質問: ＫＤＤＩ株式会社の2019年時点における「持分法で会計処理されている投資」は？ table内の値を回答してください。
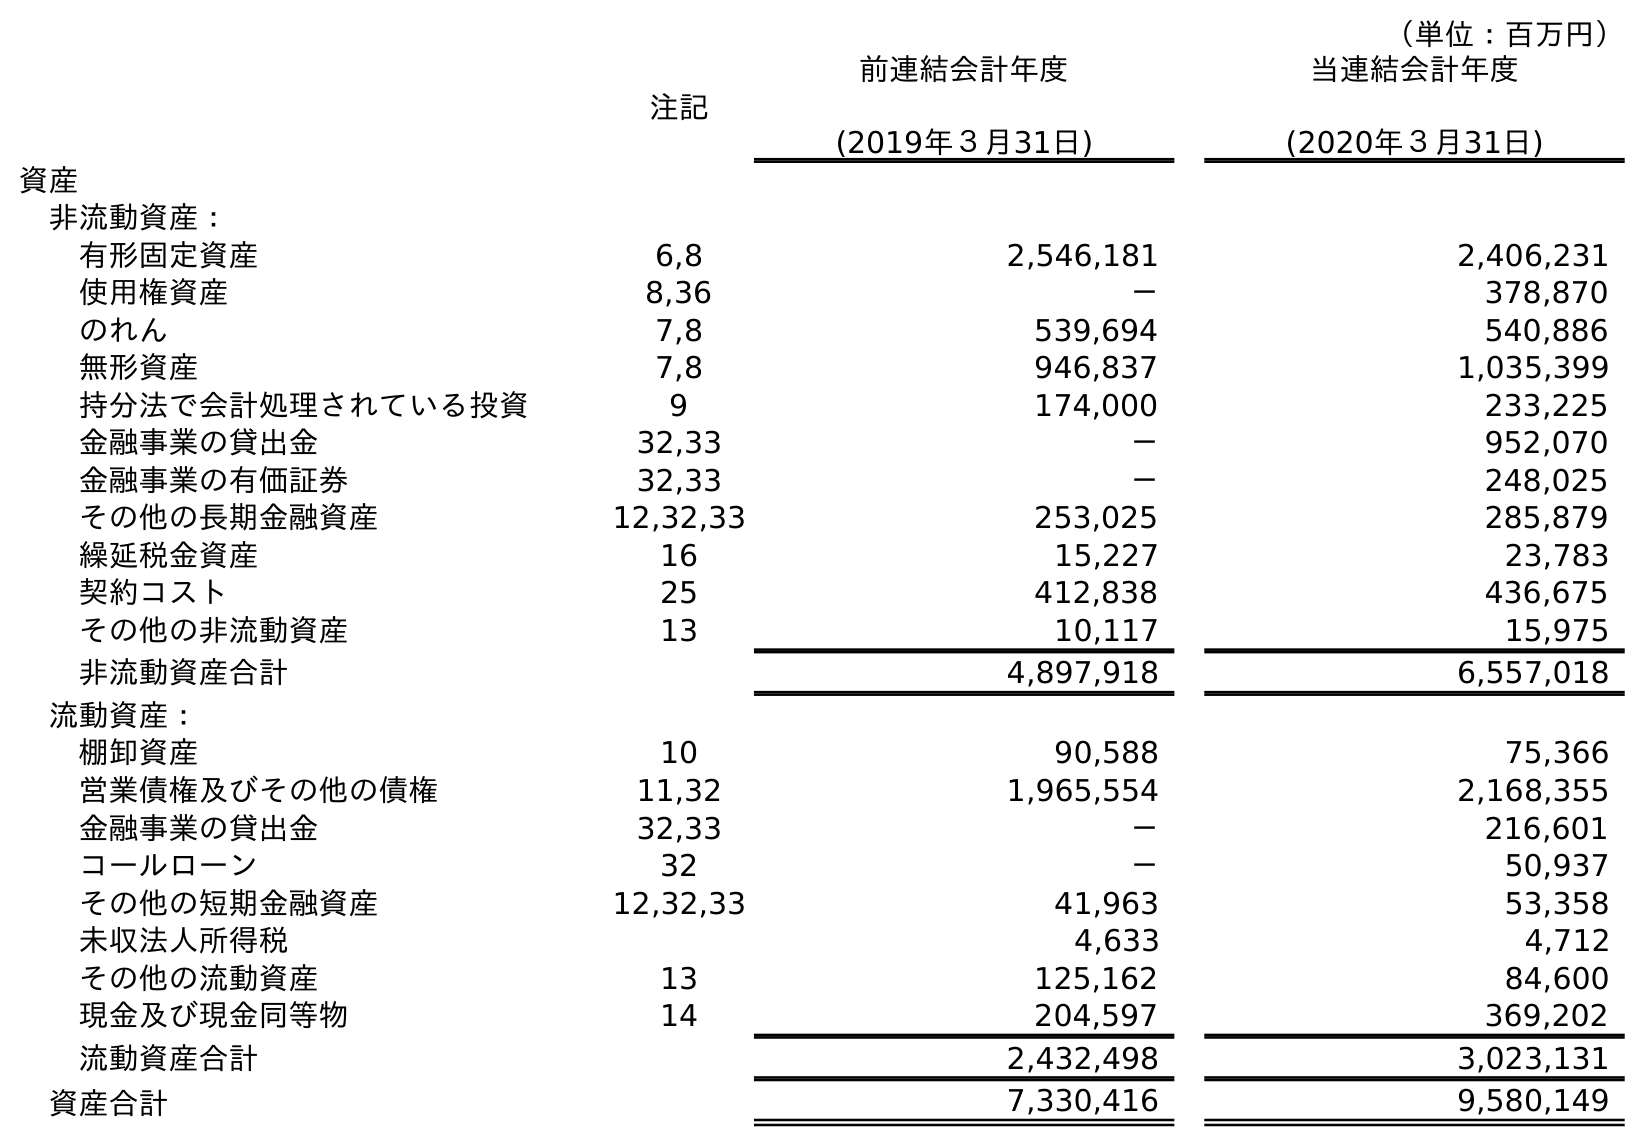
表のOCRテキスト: （単位：百万円） 注記 前連結会計年度 (2019年３月31日) 当連結会計年度 (2020年３月31日) 資産 非流動資産： 有形固定資産 6,8 2,546,181 2,406,231 使用権資産 8,36 － 378,870 のれん 7,8 539,694 540,886 無形資産 7,8 946,837 1,035,399 持分法で会計処理されている投資 9 174,000 233,225 金融事業の貸出金 32,33 － 952,070 金融事業の有価証券 32,33 － 248,025 その他の長期金融資産 12,32,33 253,025 285,879 繰延税金資産 16 15,227 23,783 契約コスト 25 412,838 436,675 その他の非流動資産 13 10,117 15,975 非流動資産合計 4,897,918 6,557,018 流動資産： 棚卸資産 10 90,588 75,366 営業債権及びその他の債権 11,32 1,965,554 2,168,355 金融事業の貸出金 32,33 － 216,601 コールローン 32 － 50,937 その他の短期金融資産 12,32,33 41,963 53,358 未収法人所得税 4,633 4,712 その他の流動資産 13 125,162 84,600 現金及び現金同等物 14 204,597 369,202 流動資産合計 2,432,498 3,023,131 資産合計 7,330,416 9,580,149
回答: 174,000